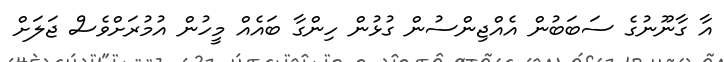
އާ ގާނޫނުގެ ސަބަބުން އެއްޖިންސުން ގުޅުން ހިންގާ ބައެއް މީހުން އުމުރަށްވެސް ޖަލަށް